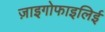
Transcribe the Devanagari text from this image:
ज़ाइगोफाइलिई